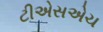
ટીએસએચ